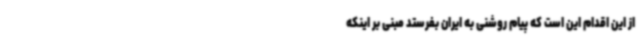
از این اقدام این است که پیام روشنی به ایران بفرستد مبنی بر اینکه